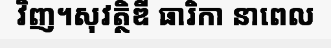
វិញ។សុវត្ថិឌី ធារិកា នាពេល